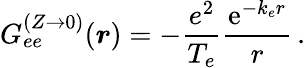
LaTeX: G_{ee}^{(Z\to 0)}(\boldsymbol{r})=-\frac{e^{2}}{T_{e}}\frac{\mathrm{e}^{-k_{e}r}}{r}\, .